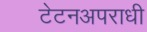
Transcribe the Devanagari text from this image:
टेटनअपराधी